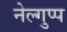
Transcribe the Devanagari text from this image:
नेल्गुप्प